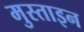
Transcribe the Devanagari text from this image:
मुस्ताइन